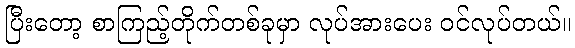
ပြီးတော့ စာကြည့်တိုက်တစ်ခုမှာ လုပ်အားပေး ဝင်လုပ်တယ်။